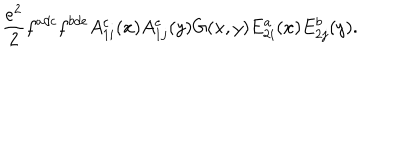
LaTeX: { \frac { e ^ { 2 } } { 2 } } f ^ { a d c } f ^ { b d e } A _ { 1 i } ^ { c } ( x ) A _ { 1 j } ^ { e } ( y ) G ( x , y ) E _ { 2 i } ^ { a } ( x ) E _ { 2 j } ^ { b } ( y ) .